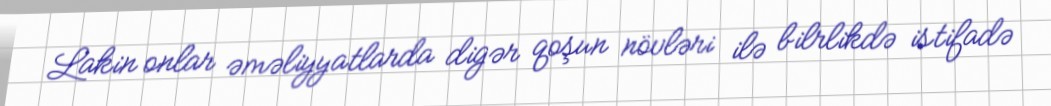
Lakin onlar əməliyyatlarda digər qoşun növləri ilə bilrlikdə istifadə